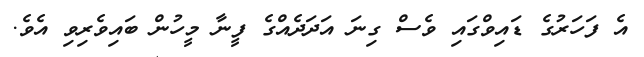
އެ ފަހަރުގެ ޑައިވްގައި ވެސް ގިނަ އަދަދެއްގެ ފީނާ މީހުން ބައިވެރިވި އެވެ.